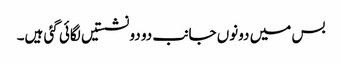
بس میں دونوں جانب دو دو نشستیں لگائی گئی ہیں۔